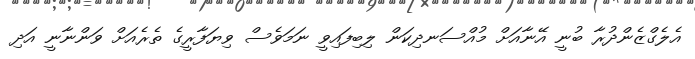
އެލެގްޒެންދުރާ ބުނީ އޭނާއަށް މުއްސަނދިކަން ލިބިފައިވީ ނަމަވެސް ވިޔަފާރީގެ ތެރެއަށް ވަންނާނީ އަދި